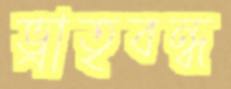
ভ্রাতৃবন্ধ